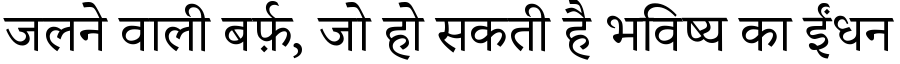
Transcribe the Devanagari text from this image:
जलने वाली बर्फ़, जो हो सकती है भविष्य का ईंधन